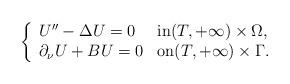
LaTeX: \begin{align*}\left\lbrace \begin{array}{lll} U''- \Delta U =0 & \hbox{in}(T, + \infty)\times \Omega,\\\partial_\nu U + B U=0 & \hbox{on} (T, + \infty)\times \Gamma.\end{array}\right.\end{align*}